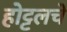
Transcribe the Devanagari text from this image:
होट्टलचे